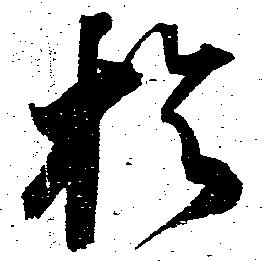
於